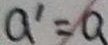
a ^ { \prime } = a